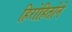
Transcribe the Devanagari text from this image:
हिरोहितोने